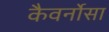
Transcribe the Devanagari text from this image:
कैवर्नोसा